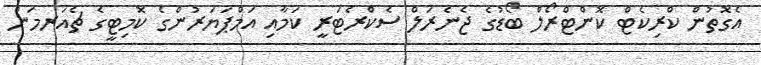
އެގޮތުން ކްރިކެޓް ކޮންޓްރޯލް ބޯޑުގެ ޖެނެރަލް ސެކްރެޓަރީ ކަމާއި އަމްޕަޔަރުންގެ ކޮމިޓީގެ ޗެއަރމަން